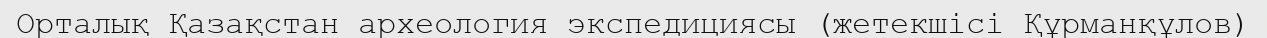
Орталық Қазақстан археология экспедициясы (жетекшісі Құрманқұлов)